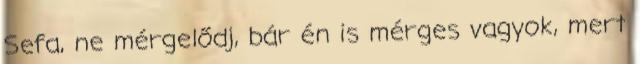
Sefa, ne mérgelődj, bár én is mérges vagyok, mert